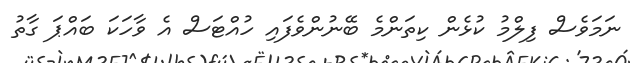
ނަމަވެސް ފިލްމު ކުޅެން ކިތަންމެ ބޭނުންވެފައި ހުއްޓަސް އެ ވާހަކަ ބައްޕަ ގާތު